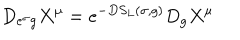
LaTeX: D _ { e ^ { \sigma } g } X ^ { \mu } = e ^ { - D S _ { L } ( \sigma , g ) } D _ { g } X ^ { \mu }